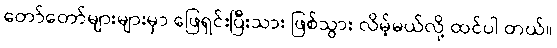
တော်တော်များများမှာ ဖြေရှင်းပြီးသား ဖြစ်သွား လိမ့်မယ်လို့ ထင်ပါ တယ်။